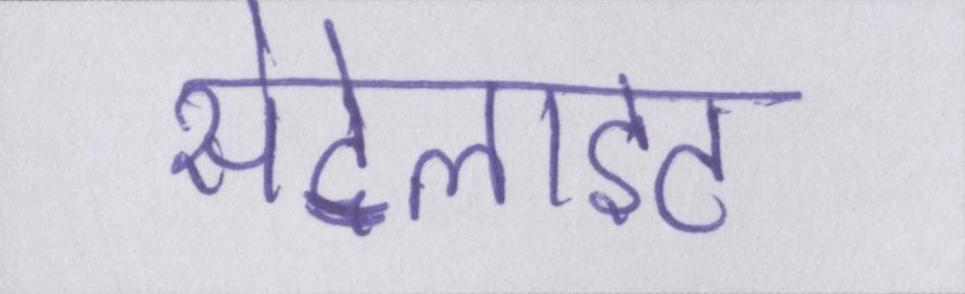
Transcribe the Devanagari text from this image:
सेटेलाइट